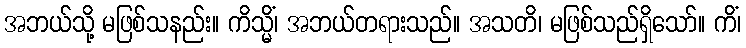
အဘယ်သို့ မဖြစ်သနည်း။ ကိသ္မိံ၊ အဘယ်တရားသည်။ အသတိ၊ မဖြစ်သည်ရှိသော်။ ကိံ၊